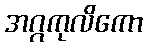
အဂ္ဂကုလိကော